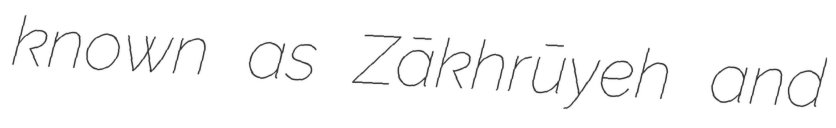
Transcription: known as Zākhrūyeh and